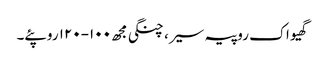
گھیو اک روپیہ سیر، چنگی مجھ ١٠٠-١٢٠ روپئے۔